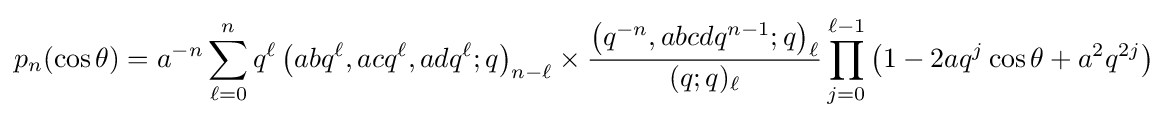
p_{n}(\cos {\theta })=a^{-n}\sum _{\ell =0}^{n}q^{\ell }\left(abq^{\ell },acq^{\ell },adq^{\ell };q\right)_{n-\ell }\times {\frac {\left(q^{-n},abcdq^{n-1};q\right)_{\ell }}{(q;q)_{\ell }}}\prod _{j=0}^{\ell -1}\left(1-2aq^{j}\cos {\theta }+a^{2}q^{2j}\right)